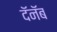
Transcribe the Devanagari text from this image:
दॅनॅब